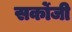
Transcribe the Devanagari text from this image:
सर्कोजी